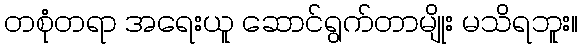
တစုံတရာ အရေးယူ ဆောင်ရွက်တာမျိုး မသိရဘူး။